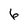
Character: 6